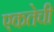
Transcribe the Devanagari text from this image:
एकतेची